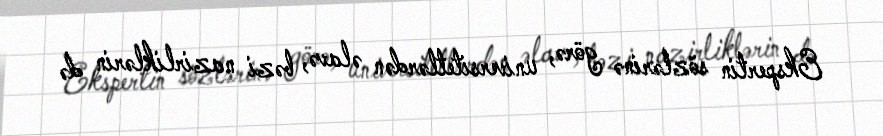
Ekspertin sözlərinə görə, universitetlərdən əlavə, bəzi nazirliklərin də